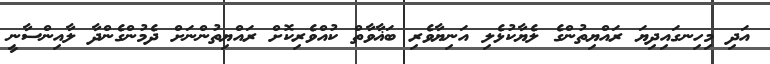
އަދި މިހިނގައިދިޔަ ރައްޔިތުންގެ ލެޔާކުޅެލި އަނިޔާވެރި ބަޣާވާތް ކުއްވެރިކޮށް ރައްޔިތުންނަށް ދެމުންގެންދާ ލާއިންސާނީ